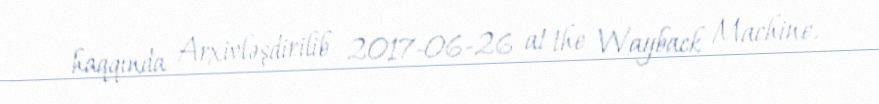
haqqında Arxivləşdirilib 2017-06-26 at the Wayback Machine.